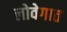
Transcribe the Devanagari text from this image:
लोवेगात